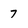
Character: 7